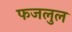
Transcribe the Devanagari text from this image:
फजलुल